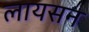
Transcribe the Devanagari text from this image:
लायसन